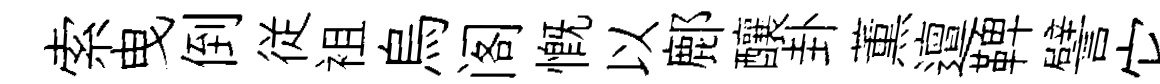
索曳倒従袓烏阁慨以鄜釀卦薫邅鞞譬它